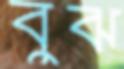
বুঝ